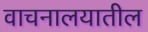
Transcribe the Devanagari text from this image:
वाचनालयातील